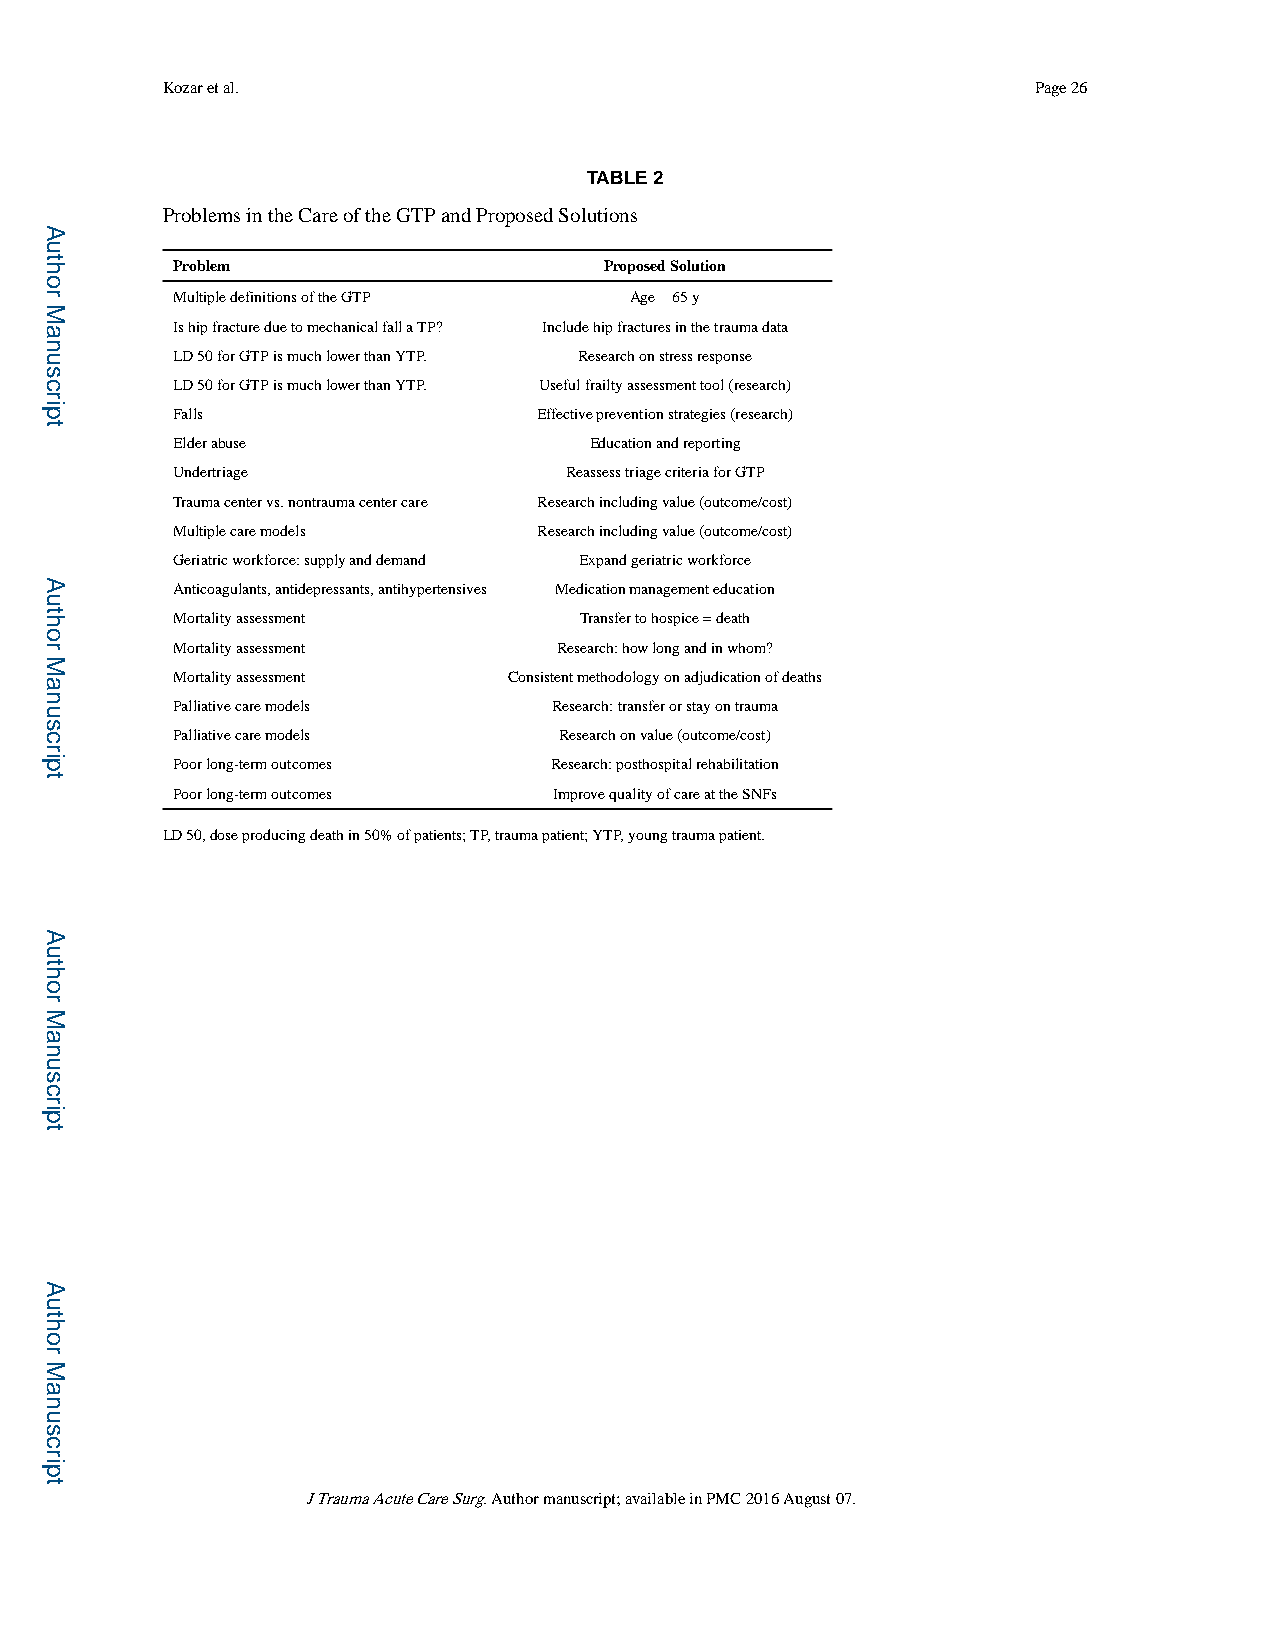
Kozar et al.                                             Page 26
 TABLE 2
 Problems in the Care of the GTP and Proposed Solutions
 Problem                      Proposed Solution
 Multiple definitions of the GTP Age ≥ 65 y
 Is hip fracture due to mechanical fall a TP? Include hip fractures in the trauma data
 LD 50 for GTP is much lower than YTP. Research on stress response
 LD 50 for GTP is much lower than YTP. Useful frailty assessment tool (research)
 Falls                    Effective prevention strategies (research)
 Elder abuse                 Education and reporting
 Undertriage               Reassess triage criteria for GTP
 Trauma center vs. nontrauma center care Research including value (outcome/cost)
 Multiple care models     Research including value (outcome/cost)
 Geriatric workforce: supply and demand Expand geriatric workforce
 Anticoagulants, antidepressants, antihypertensives Medication management education
 Mortality assessment       Transfer to hospice = death
 Mortality assessment      Research: how long and in whom?
 Mortality assessment   Consistent methodology on adjudication of deaths
 Palliative care models    Research: transfer or stay on trauma
 Palliative care models    Research on value (outcome/cost)
 Poor long-term outcomes  Research: posthospital rehabilitation
 Poor long-term outcomes   Improve quality of care at the SNFs
 LD 50, dose producing death in 50% of patients; TP, trauma patient; YTP, young trauma patient.
 J Trauma Acute Care Surg. Author manuscript; available in PMC 2016 August 07.
 Author
 Manuscript
 Author
 Manuscript
 Author
 Manuscript
 Author
 Manuscript